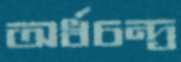
অর্ধচন্দ্র